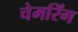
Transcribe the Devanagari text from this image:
चेमरिंग